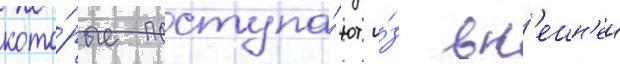
кото́рые поступа́ют и́з вн'ешн'еи